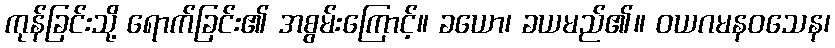
ကုန်ခြင်းသို့ ရောက်ခြင်း၏ အစွမ်းကြောင့်။ ခယော၊ ခယမည်၏။ ဝယဂမနဝသေန၊